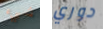
شيء دوري